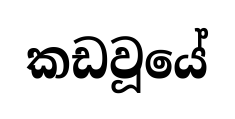
කඩවූයේ